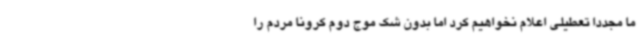
ما مجددا تعطیلی اعلام نخواهیم کرد اما بدون شک موج دوم کرونا مردم را